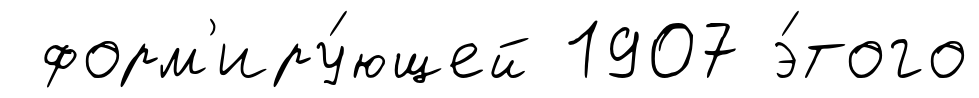
форм'иру́ющей 1907 э́того